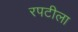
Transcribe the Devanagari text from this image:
रपटीला